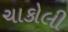
ચાકોલી